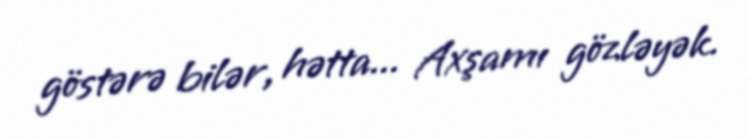
göstərə bilər, hətta... Axşamı gözləyək.